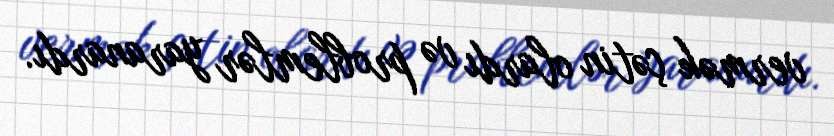
vermək çətin olardı və problemlər yaranardı.